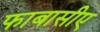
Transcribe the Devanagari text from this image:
फाबासीए